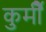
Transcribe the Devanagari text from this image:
कुर्मीै